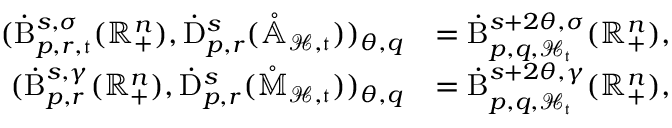
\begin{array} { r l } { ( \dot { \mathrm { B } } _ { p , r , \mathfrak { t } } ^ { s , \sigma } ( \mathbb { R } _ { + } ^ { n } ) , \dot { \mathrm { D } } _ { p , r } ^ { s } ( \mathring { \mathbb { A } } _ { \mathcal { H } , \mathfrak { t } } ) ) _ { \theta , q } } & { = \dot { \mathrm { B } } _ { p , q , \mathcal { H } _ { \mathfrak { t } } } ^ { s + 2 \theta , \sigma } ( \mathbb { R } _ { + } ^ { n } ) \mathrm { , ~ } } \\ { ( \dot { \mathrm { B } } _ { p , r } ^ { s , \gamma } ( \mathbb { R } _ { + } ^ { n } ) , \dot { \mathrm { D } } _ { p , r } ^ { s } ( \mathring { \mathbb { M } } _ { \mathcal { H } , \mathfrak { t } } ) ) _ { \theta , q } } & { = \dot { \mathrm { B } } _ { p , q , \mathcal { H } _ { \mathfrak { t } } } ^ { s + 2 \theta , \gamma } ( \mathbb { R } _ { + } ^ { n } ) \mathrm { , ~ } } \end{array}